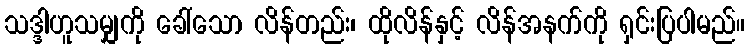
သဒ္ဒါဟူသမျှကို ခေါ်သော လိန်တည်း၊ ထိုလိန်နှင့် လိန်အနက်ကို ရှင်းပြပါမည်။